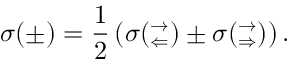
\sigma ( \pm ) = \frac { 1 } { 2 } \left( \sigma ( _ { \Leftarrow } ^ { \rightarrow } ) \pm \sigma ( _ { \Rightarrow } ^ { \rightarrow } ) \right) .